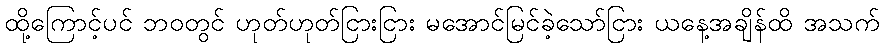
ထို့ကြောင့်ပင် ဘဝတွင် ဟုတ်ဟုတ်ငြားငြား မအောင်မြင်ခဲ့သော်ငြား ယနေ့အချိန်ထိ အသက်